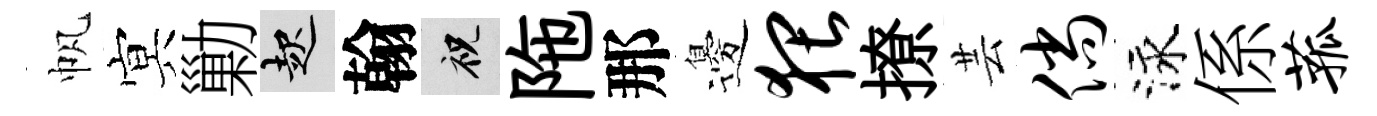
帆㝠勦起翰祝陁那邊猥撩芸倘泳係菰